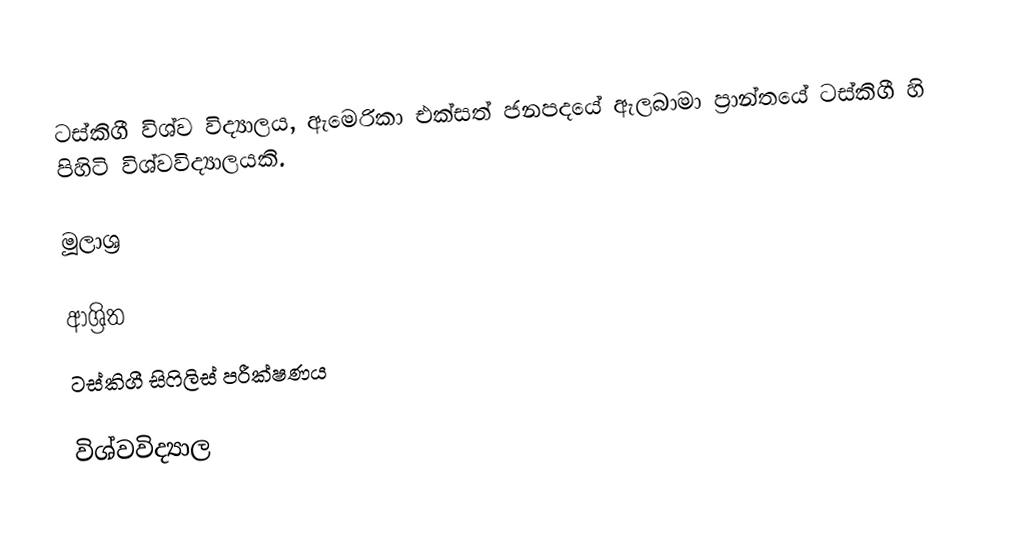
ටස්කිගී විශ්ව විද්‍යාලය, ඇමෙරිකා එක්සත් ජනපදයේ ඇලබාමා ප්‍රාන්තයේ ටස්කිගී හි පිහිටි විශ්වවිද්‍යාලයකි.

මූලාශ්‍ර

ආශ්‍රිත
 ටස්කිගී සිෆිලිස් පරීක්ෂණය

විශ්වවිද්‍යාල